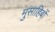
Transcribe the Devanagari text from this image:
मुसाहिबों